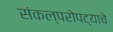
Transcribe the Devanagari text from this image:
संकल्परोपट्याचे